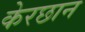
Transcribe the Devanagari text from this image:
केरछान